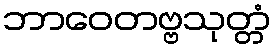
ဘာဝေတဗ္ဗသုတ္တံ